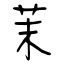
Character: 茉